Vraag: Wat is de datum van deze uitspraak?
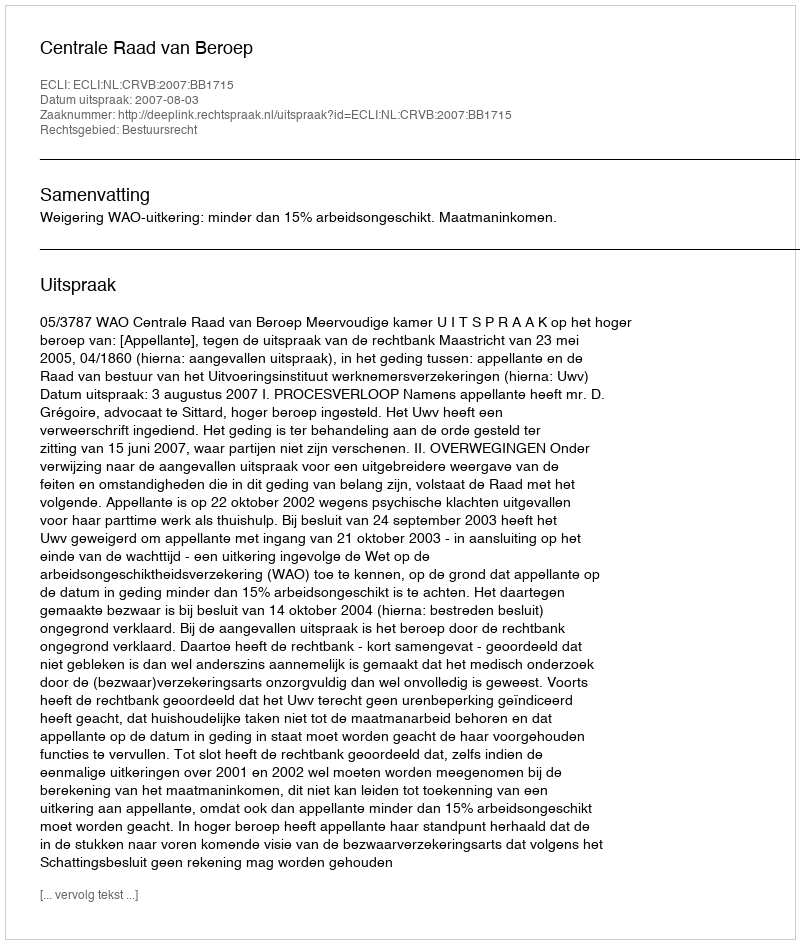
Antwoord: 2007-08-03